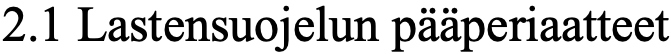
2.1 Lastensuojelun pääperiaatteet